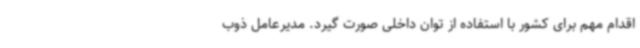
اقدام مهم برای کشور با استفاده از توان داخلی صورت گیرد. مدیرعامل ذوب